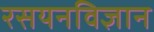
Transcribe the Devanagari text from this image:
रसयनविज्ञान